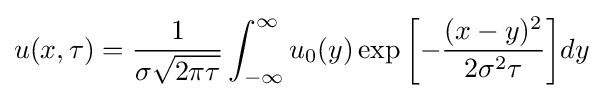
u(x,\tau )={\frac {1}{\sigma {\sqrt {2\pi \tau }}}}\int _{-\infty }^{\infty }{u_{0}(y)\exp {\left[-{\frac {(x-y)^{2}}{2\sigma ^{2}\tau }}\right]}}dy